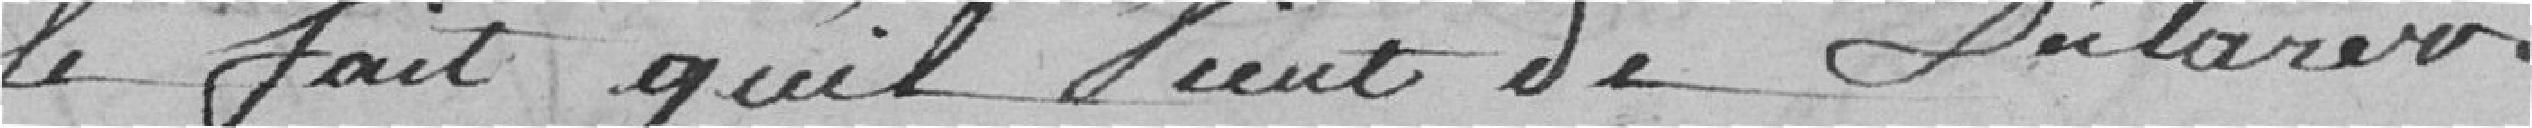
le fait qu'il vient de déclarer.